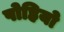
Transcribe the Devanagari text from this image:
पोहियो